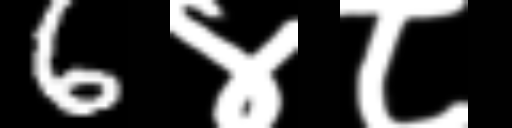
Text: 6४८